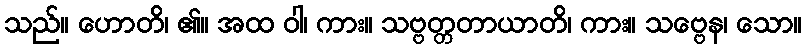
သည်။ ဟောတိ၊ ၏။ အထ ဝါ၊ ကား။ သဗ္ဗတ္တတာယာတိ၊ ကား။ သဗ္ဗေန၊ သော။